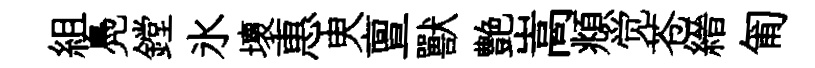
組鳧鏜氷壞惠㬰亶獸艶嵩頫觉苍縉匍